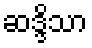
ဆဒ္ဒိသာ